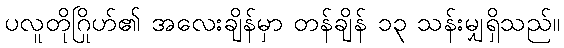
ပလူတိုဂြိုဟ်၏ အလေးချိန်မှာ တန်ချိန် ၁၃ သန်းမျှရှိသည်။